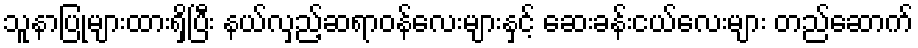
သူနာပြုများထားရှိပြီး နယ်လှည့်ဆရာဝန်လေးများနှင့် ဆေးခန်းငယ်လေးများ တည်ဆောက်